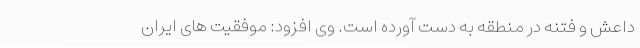
داعش و فتنه در منطقه به دست آورده است. وی افزود: موفقیت های ایران